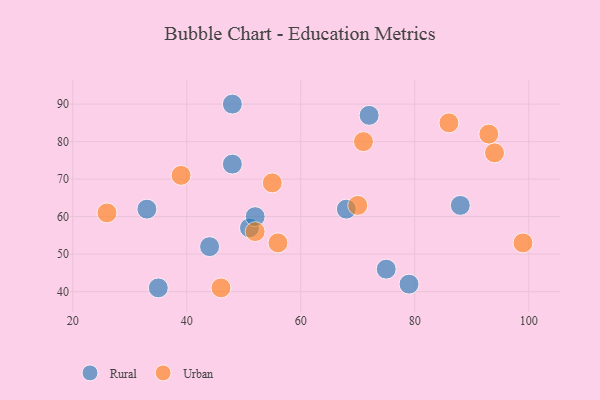
{"axis": {"x": "GDP", "y": "Life Expectancy"}, "legend": ["Rural", "Urban"], "data": [{"x": "48", "y": 90, "type": "Rural"}, {"x": "68", "y": 62, "type": "Rural"}, {"x": "35", "y": 41, "type": "Rural"}, {"x": "79", "y": 42, "type": "Rural"}, {"x": "44", "y": 52, "type": "Rural"}, {"x": "72", "y": 87, "type": "Rural"}, {"x": "48", "y": 74, "type": "Rural"}, {"x": "75", "y": 46, "type": "Rural"}, {"x": "51", "y": 57, "type": "Rural"}, {"x": "52", "y": 60, "type": "Rural"}, {"x": "33", "y": 62, "type": "Rural"}, {"x": "88", "y": 63, "type": "Rural"}, {"x": "86", "y": 85, "type": "Urban"}, {"x": "55", "y": 69, "type": "Urban"}, {"x": "52", "y": 56, "type": "Urban"}, {"x": "71", "y": 80, "type": "Urban"}, {"x": "39", "y": 71, "type": "Urban"}, {"x": "56", "y": 53, "type": "Urban"}, {"x": "70", "y": 63, "type": "Urban"}, {"x": "94", "y": 77, "type": "Urban"}, {"x": "46", "y": 41, "type": "Urban"}, {"x": "93", "y": 82, "type": "Urban"}, {"x": "99", "y": 53, "type": "Urban"}, {"x": "26", "y": 61, "type": "Urban"}]}